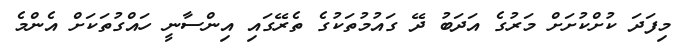
މިފަދަ ކުށްކުށަށް މަރުގެ އަދަބު ދޭ ގައުމުތަކުގެ ތެރޭގައި އިންސާނީ ހައްގުތަކަށް އެންމެ